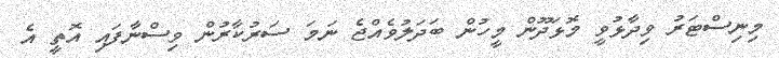
މިނިސްޓަރު ވިދާޅުވީ މޮޅަދޫން މީހުން ބަދަލުވެއްޖެ ނަމަ ސަރުކާރުން ވިސްނާފައި އޮތީ އެ